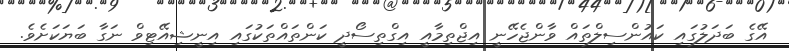
އޭގެ ބަދަލުގައި ކައުންސިލްތައް ވާންޖެހޭނީ އިޖްތިމާއީ އިގްތިސޯދީ ކަންތައްތަކުގައި އިނީޝިއޭޓިވް ނަގާ ބަޔަކަށެވެ.